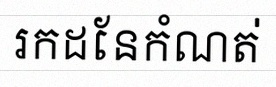
រកដែនកំណត់